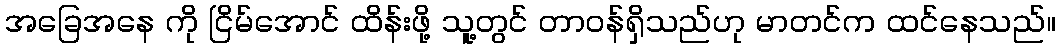
အခြေအနေ ကို ငြိမ်အောင် ထိန်းဖို့ သူ့တွင် တာဝန်ရှိသည်ဟု မာတင်က ထင်နေသည်။